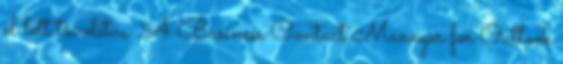
el lett távolítva. A Business Contact Manager for Outlook